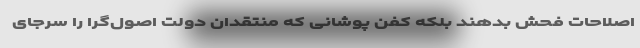
اصلاحات فحش بدهند بلکه کفن پوشانی که منتقدان دولت اصول‌گرا را سرجای